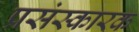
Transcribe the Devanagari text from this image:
प्रसंस्कारक